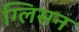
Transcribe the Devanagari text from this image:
ग्लिसन